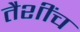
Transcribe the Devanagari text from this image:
तैशींच